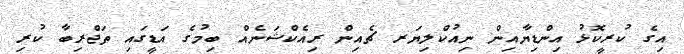
އިގެ ކުރީކޮޅު އިންޑިޔާއިން ނިއުކްލިޔަރ ޗެއިން ރިއެކްޝަނެއް ބިމުގެ އަޑީގައި ތަޖްރިބާ ކުރި